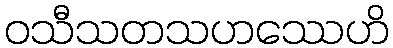
ဝသီသတသဟဿေဟိ